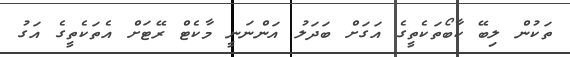
ތަކުން ލިބޭ ކާބޯތަކެތީގެ އަގަށް ބަދަލު އަންނަނީ މާކެޓް ރޭޓަށް އެތަކެތީގެ އަގު